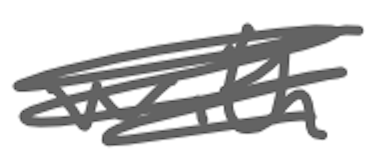
Text: with
Cross-out: scratch
Writing tool: digital_gray